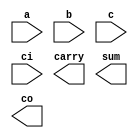
////////////////////////////////////////////////////////////////////////////////
//
//       This confidential and proprietary software may be used only
//     as authorized by a licensing agreement from Synopsys Inc.
//     In the event of publication, the following notice is applicable:
//
//                    (C) COPYRIGHT 1992 - 2023 SYNOPSYS INC.
//                           ALL RIGHTS RESERVED
//
//       The entire notice above must be reproduced on all authorized
//     copies.
//
//
// VERSION:   Simulation Architecture
//
// DesignWare_version: 73ee9112
// DesignWare_release: U-2022.12-DWBB_202212.5
//
////////////////////////////////////////////////////////////////////////////////
//-----------------------------------------------------------------------------------
//
// ABSTRACT:  Carry Save Adder
//
// MODIFIED: 
//           RPH        07/17/2002 
//                      Rewrote to comply with the new guidelines
//
//           RJK        09/19/2007 
//                      Added special case for width = 1 (STAR 9000190460)
//---------------------------------------------------------------------------

module DW01_csa (a,b,c,ci,carry,sum,co);

  parameter integer width=4;

  // port decalrations

  input  [width-1 : 0]   a,b,c;
  input                  ci;
   
  output [width-1 : 0]   carry,sum;
  output                 co;

  // synopsys translate_off 
  reg [width-1 : 0]   carry,sum;
  reg                 co;
   
   task DWF_csa;
      input [width-1 : 0] a,b,c;
      input 		  ci;
      output [width-1 : 0] carry,sum;
      output 		   co;
      reg [width-1 : 0] carry,sum;
      reg 		   co;       
      integer 		   i;
      begin	 
	 carry[0] = c[0];
	 carry[1] = (a[0]&b[0])|((a[0]^b[0])&ci);
	 sum[0]   = a[0]^b[0]^ci;
	 for (i = 1; i <= width-2; i = i + 1) begin 
	    carry[i+1] = (a[i]&b[i])|((a[i]^b[i])&c[i]);
	    sum[i]     = a[i]^b[i]^c[i];
	 end // loop
	 sum[width-1] = a[width-1]^b[width-1]^c[width-1];
	 co           = (a[width-1]&b[width-1])|((a[width-1]^b[width-1])&c[width-1]);
      end
    endtask  
  //-------------------------------------------------------------------------
  // Parameter legality check
  //-------------------------------------------------------------------------

  
 
  initial begin : parameter_check
    integer param_err_flg;

    param_err_flg = 0;
    
  
    if (width < 1) begin
      param_err_flg = 1;
      $display(
	"ERROR: %m :\n  Invalid value (%d) for parameter width (lower bound: 1)",
	width );
    end 
  
    if ( param_err_flg == 1) begin
      $display(
        "%m :\n  Simulation aborted due to invalid parameter value(s)");
      $finish;
    end

  end // parameter_check 

      
always @(a or b or c or ci)
   begin
	 if ((^(a ^ a) !== 1'b0) || (^(b ^ b) !== 1'b0) || (^(c ^ c) !== 1'b0) || (^(ci ^ ci) !== 1'b0) ) begin
	    sum = {width{1'bx}};
	    carry = {width{1'bx}};
	    co = 1'bx;
	 end
	 else begin
	    if (width > 1)
	      DWF_csa(a, b, c, ci, carry, sum, co);
	    else begin
	      sum[0] = a[0]^b[0]^ci;
	      carry[0] = c[0];
	      co = (a[0]&b[0])|((a[0]^b[0])&ci);
	    end
	 end // else: !if((^(a ^ a) !== 1'b0) || (^(b ^ b) !== 1'b0) || (^(c ^ c) !== 1'b0) || (^(ci ^ ci) !== 1'b0) )
   end // always @ (a or b or c or ci)
   
  // synopsys translate_on
 
endmodule  // DW01_csa;